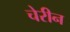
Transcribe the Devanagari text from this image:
चेरीन